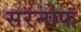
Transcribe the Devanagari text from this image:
सरनोफ